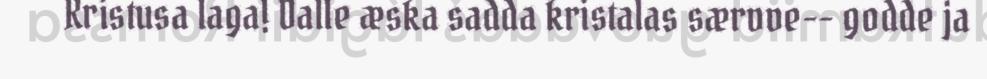
Kristusa laga! Dalle æska sadda kristalas særvve-- godde ja